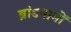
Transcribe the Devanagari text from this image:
ब्रांडनामों